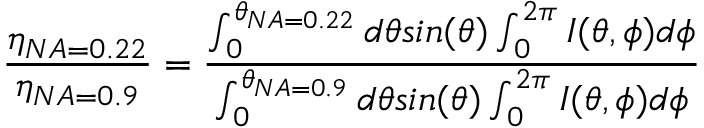
\frac { \eta _ { N A = 0 . 2 2 } } { \eta _ { N A = 0 . 9 } } = \frac { \int _ { 0 } ^ { \theta _ { N A = 0 . 2 2 } } d \theta s i n ( \theta ) \int _ { 0 } ^ { 2 \pi } I ( \theta , \phi ) d \phi } { \int _ { 0 } ^ { \theta _ { N A = 0 . 9 } } d \theta s i n ( \theta ) \int _ { 0 } ^ { 2 \pi } I ( \theta , \phi ) d \phi }